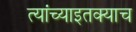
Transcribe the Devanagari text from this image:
त्यांच्याइतक्याच